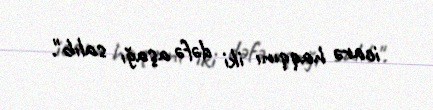
icarə haqqını iki dəfə aşağı salıb".